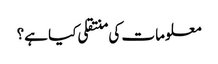
معلومات کی منتقلی کیا ہے؟